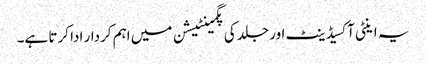
یہ اینٹی آکسیڈینٹ اور جلد کی پگمینٹیشن میں اہم کردار ادا کرتا ہے۔